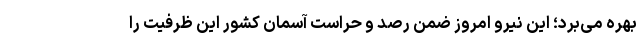
بهره می‌برد؛ این نیرو امروز ضمن رصد و حراست آسمان کشور این ظرفیت را